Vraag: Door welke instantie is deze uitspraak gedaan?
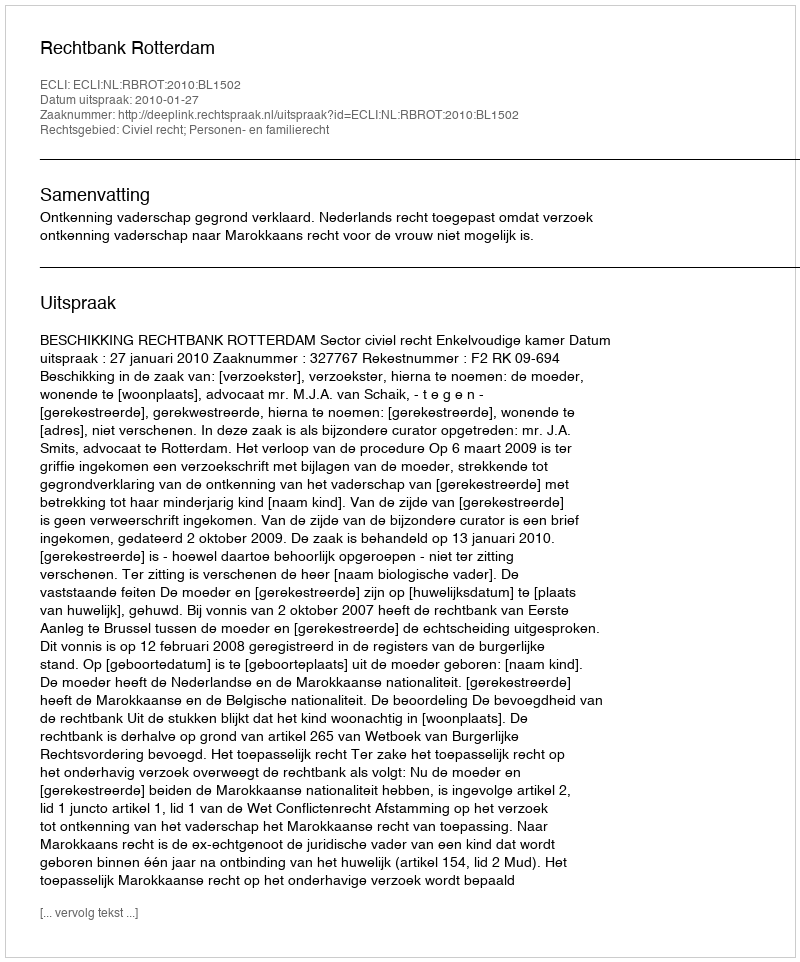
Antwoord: Rechtbank Rotterdam